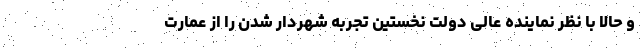
و حالا با نظر نماینده عالی دولت نخستین تجربه شهردار شدن را از عمارت